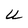
Character: U